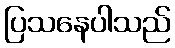
ပြသနေပါသည်